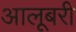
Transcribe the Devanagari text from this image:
आलूबरी